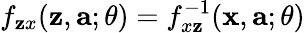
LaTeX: f_{\mathbf{z}x}(\mathbf{{\mathbf{z}}},\mathbf{{a}};\theta)=f_{x\mathbf{z}}^{-1}(\mathbf{{x}},\mathbf{{a}};\theta)